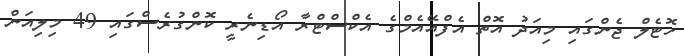
ހޮޓެލް ޖެންގައި މިއަދު އޮތް އެފްއޭއެމްގެ އެކްސްްޓްރާ އޯޑިނެރީ ކޮންގުރެސްގައި 49 މިލިއަން